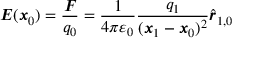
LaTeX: { \boldsymbol { E } } ( { \boldsymbol { x } } _ { 0 } ) = { \frac { \boldsymbol { F } } { q _ { 0 } } } = { \frac { 1 } { 4 \pi \varepsilon _ { 0 } } } { \frac { q _ { 1 } } { ( { \boldsymbol { x } } _ { 1 } - { \boldsymbol { x } } _ { 0 } ) ^ { 2 } } } { \hat { \boldsymbol { r } } } _ { 1 , 0 }